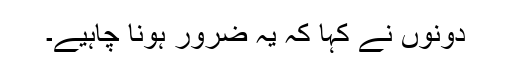
دونوں نے کہا کہ یہ ضرور ہونا چاہیے۔